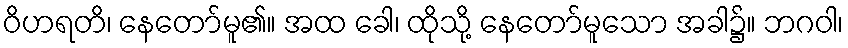
ဝိဟရတိ၊ နေတော်မူ၏။ အထ ခေါ၊ ထိုသို့ နေတော်မူသော အခါ၌။ ဘဂဝါ၊